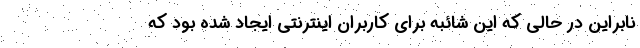
نابراین در حالی که این شائبه برای کاربران اینترنتی ایجاد شده بود که